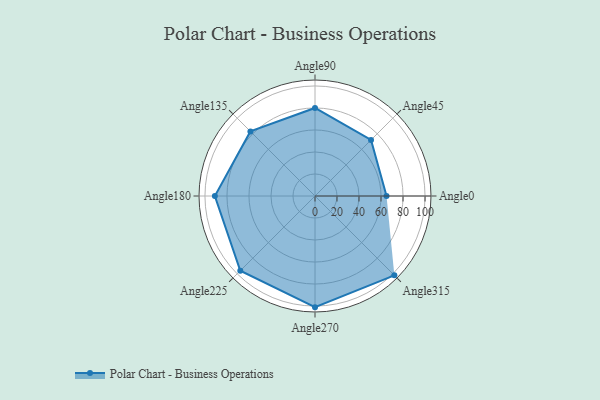
{"axis": {"x": "Angle", "y": "Radius"}, "legend": [""], "data": [{"x": "Angle0", "y": 65.0, "type": ""}, {"x": "Angle45", "y": 72.0, "type": ""}, {"x": "Angle90", "y": 80.0, "type": ""}, {"x": "Angle135", "y": 83.0, "type": ""}, {"x": "Angle180", "y": 91.0, "type": ""}, {"x": "Angle225", "y": 96.0, "type": ""}, {"x": "Angle270", "y": 101.0, "type": ""}, {"x": "Angle315", "y": 102.0, "type": ""}]}